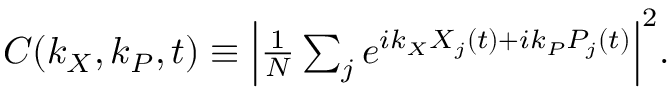
\begin{array} { r } { C ( k _ { X } , k _ { P } , t ) \equiv \Big | \frac { 1 } { N } \sum _ { j } e ^ { i k _ { X } X _ { j } ( t ) + i k _ { P } P _ { j } ( t ) } \Big | ^ { 2 } . } \end{array}